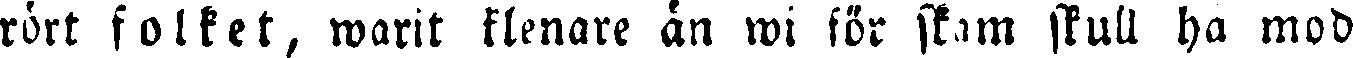
rört folket, warit klenare än wi för skam skull ha mod